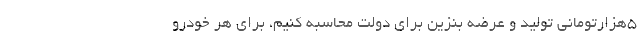
5هزارتومانی تولید و عرضه بنزین برای دولت محاسبه کنیم، برای هر خودرو